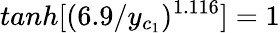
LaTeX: tanh[(6.9/y_{c_{1}})^{1.116}]=1